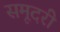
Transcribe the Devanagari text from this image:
समूदरी